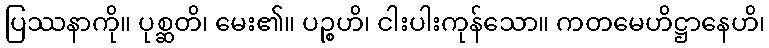
ပြဿနာကို။ ပုစ္ဆတိ၊ မေး၏။ ပဉ္စဟိ၊ ငါးပါးကုန်သော။ ကတမေဟိဋ္ဌာနေဟိ၊